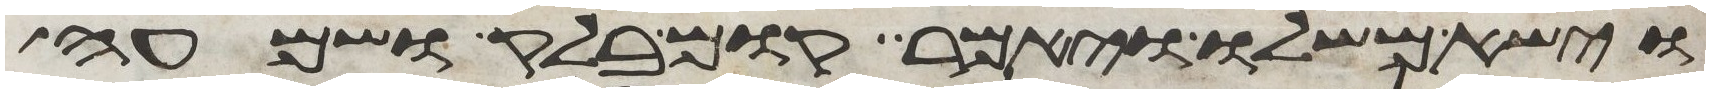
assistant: וישא משלו ויאמר קום בלק ושמעה